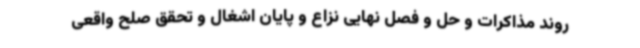
روند مذاکرات و حل و فصل نهایی نزاع و پایان اشغال و تحقق صلح واقعی